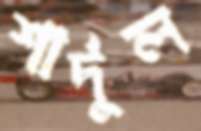
শার্দূল